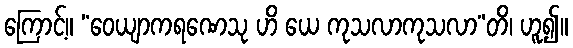
ကြောင့်။ “ဝေယျာကရဏေသု ဟိ ယေ ကုသလာကုသလာ”တိ၊ ဟူ၍။